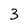
Character: 3